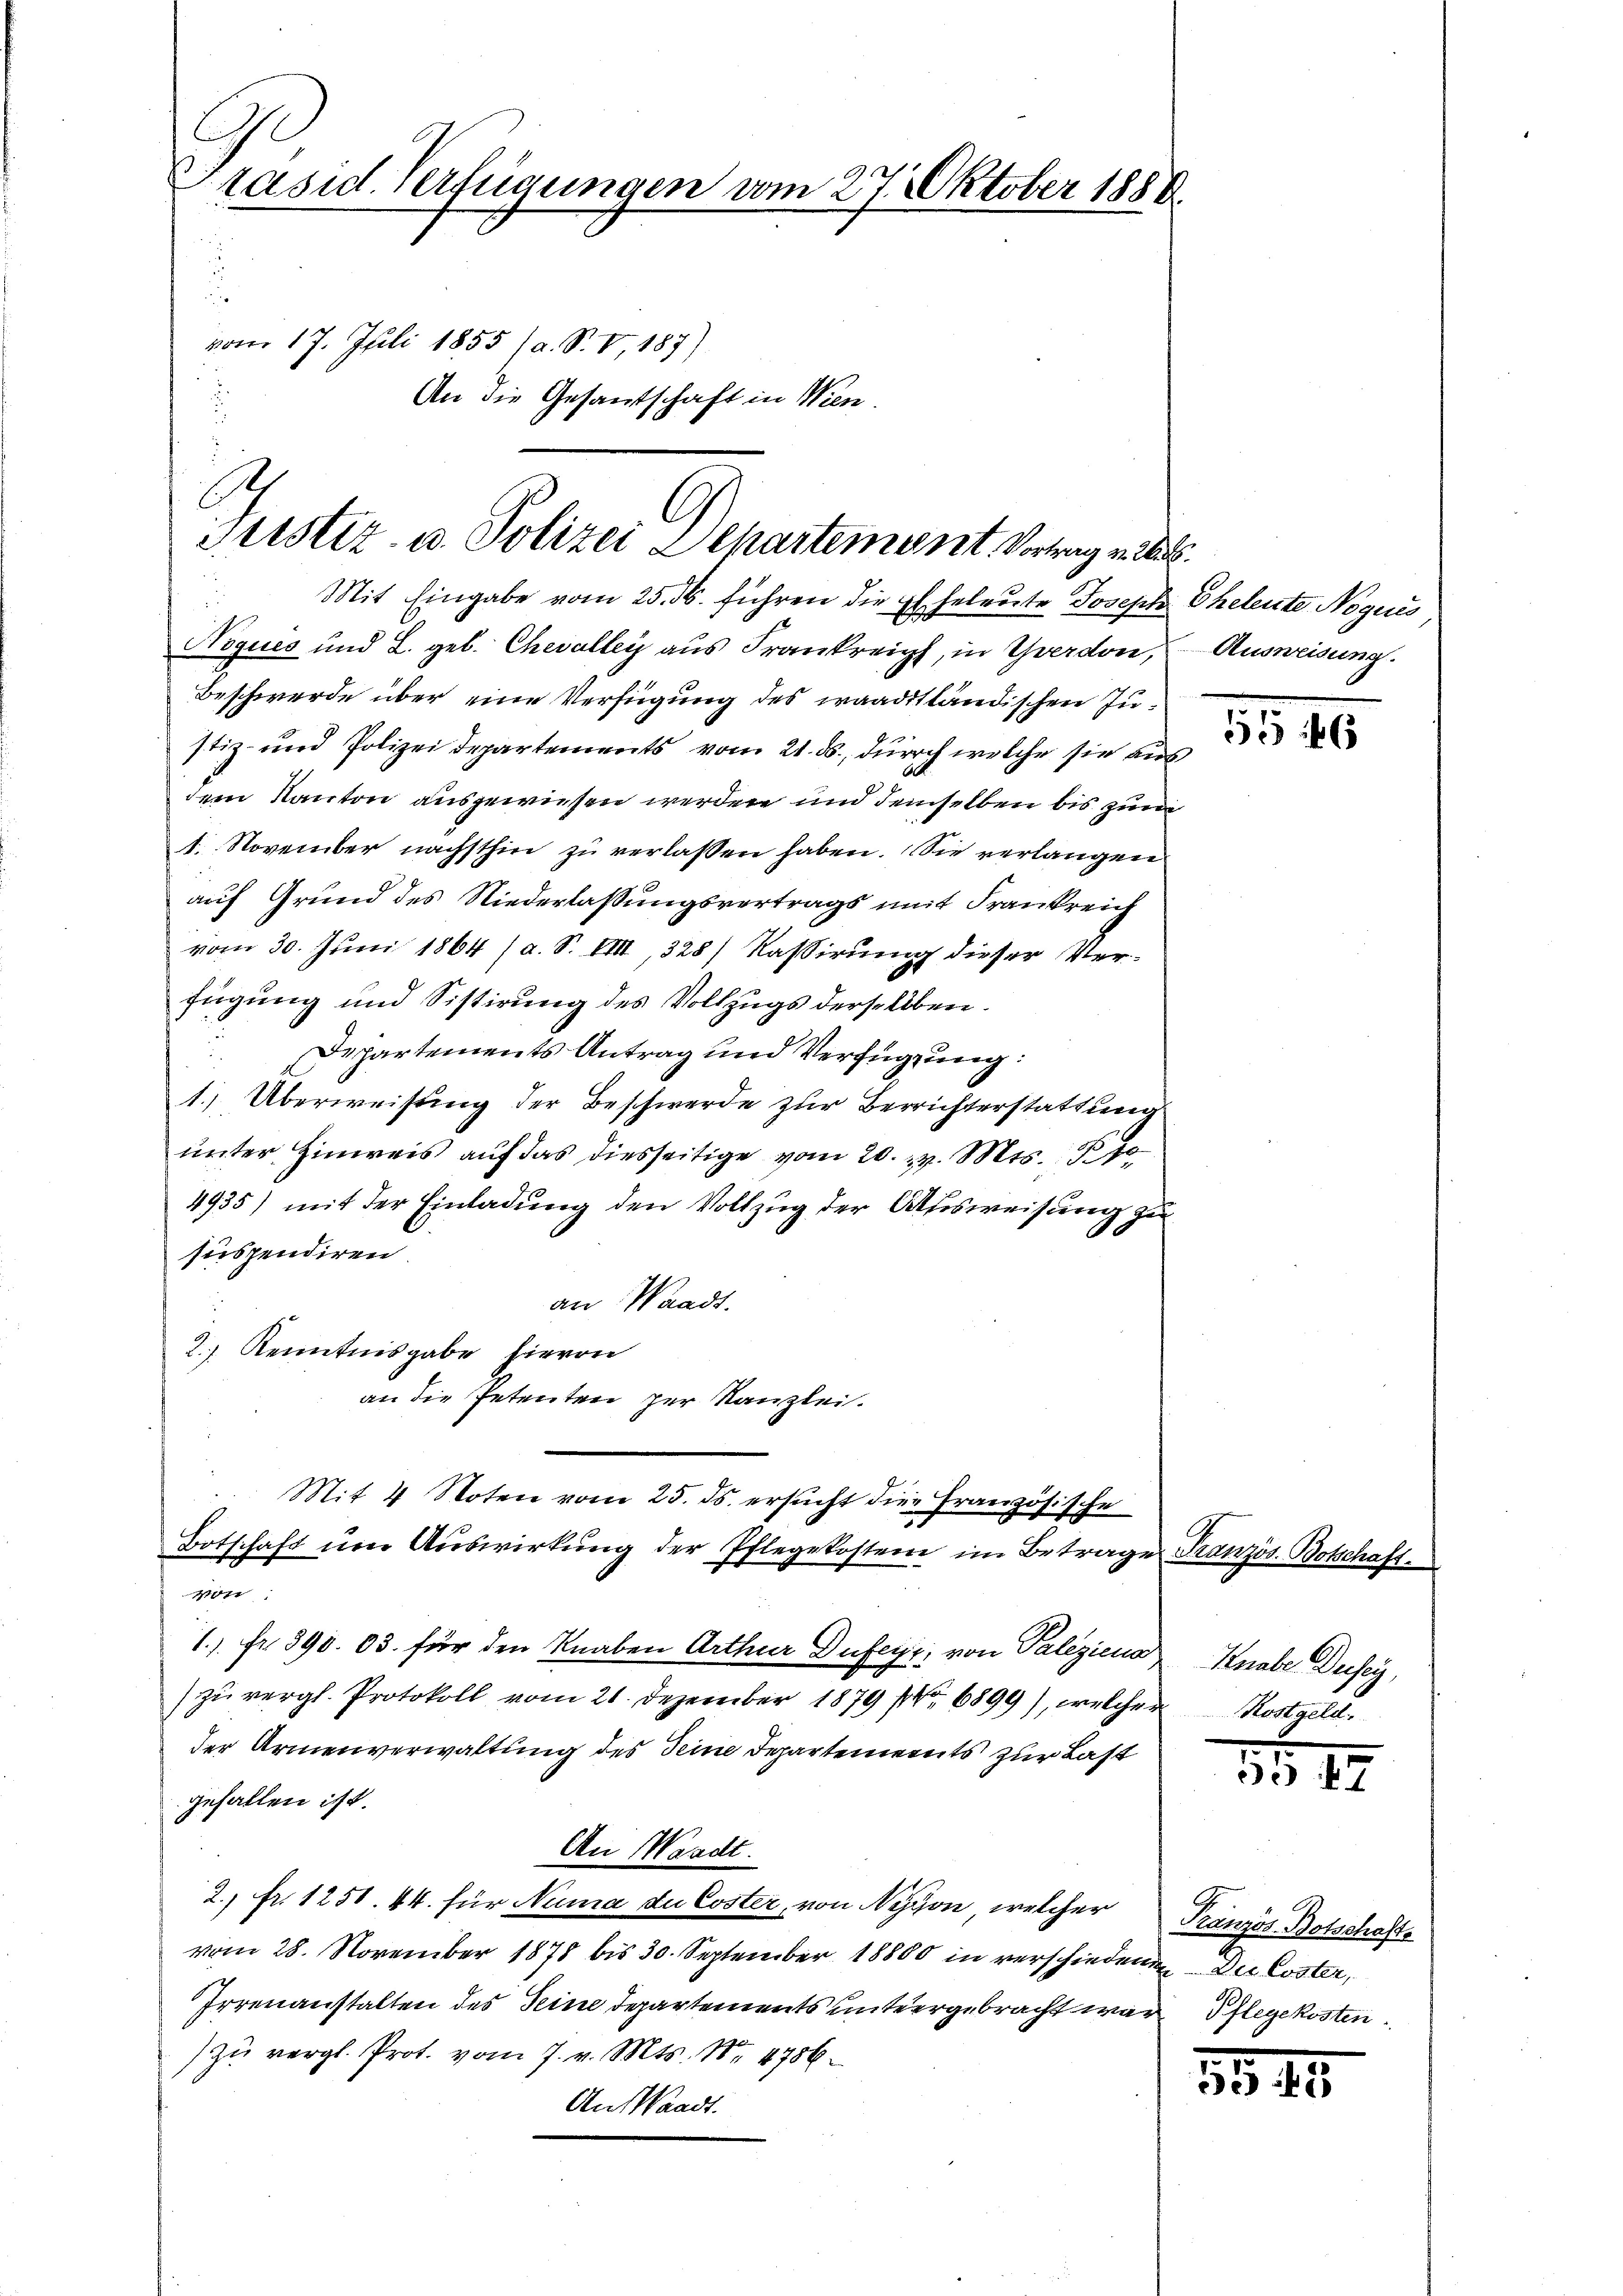
G
Präsid. Verfügungen vom 27. Oktober 1888.
vom 17. Juli 1855 (a. S. V, 187)
An die Gesandtschaft in Wien.

Justiz- u. Polizei Departement, Vortrag v. 2.

Mit Eingabe vom 25. ds. führen die Eheleute Joseph
Noques und L. geb. Chevalley aus Frankrei, in Yverdon,
Beschwerde über eine Verfügung des waadtländischen Justiz- und Polizei Departements vom 21. ds., durch welche sie auf
dem Kanton ausgewiesen werden und demselben bis zum
1. November nächsthin zu verlassen haben. Sie verlangen
auf Grund des Niederlassungsvertrags mit Frankreich
vom 30. Juni 1864 (a. S. VIII, 328) Kassirung dieser Verfügung und Sistirung des Vollzugs derselben.
Departements Antrag und Verfügung:
1. Überweisung der Beschwerde zur Berichterstattung
unter Hinweis auf das diesseitige vom 20. v. Mts. B
4935) mit der Einladung den Vollzug der Ausweisung zu
suspendiren.
an Waadt.
2.) Kenntnisgabe hievon
an die Petenten zur Kanzlei.
Mit 4 Noten vom 25. ds. ersucht die Französische
Botschaft um Auswirkung der Pflegekosten im Betrage Französ. Botschaft
von:
1.) Fr. 390. 03. für den Knaben Arthur Dufeyr, von Paliziena Knabe Dusey,
zu vergl. Protokoll vom 21. Dezember 1879 No 6899), welcher Rostgeld.
der Armenverwaltung des Seine Departements zur Last
gefallen ist.
An Waadt.
2. fr. 1250. 44. für Numa du Coster, von Nyon, welcher
vom 28. November 1878 bis 30. September 18800 in verschiedenen Die löster,
Irrenanstalten des Seine Departements untergebracht war Pflegekosten
zu vergl. Prot. vom 7. v. Mts. Nr. 4786.
An Waadt.

Eheleute Noguis
Ausweisung.

5540

55. 12

Kranzös. Botschafts

5545